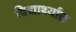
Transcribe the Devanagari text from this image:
विद्यार्थ्यात